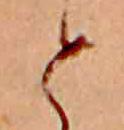
と